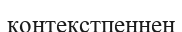
контекстпеннен